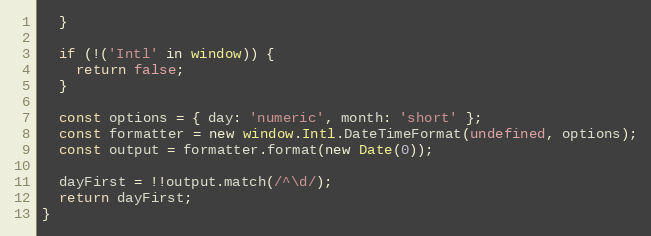
Language: JavaScript
  }

  if (!('Intl' in window)) {
    return false;
  }

  const options = { day: 'numeric', month: 'short' };
  const formatter = new window.Intl.DateTimeFormat(undefined, options);
  const output = formatter.format(new Date(0));

  dayFirst = !!output.match(/^\d/);
  return dayFirst;
}